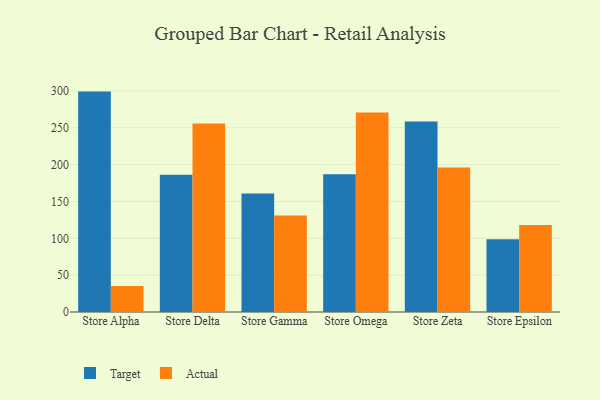
{"axis": {"x": "Store", "y": "Revenue (USD Million)"}, "legend": ["Actual", "Target"], "data": [{"x": "Store Alpha", "y": 299.1, "type": "Target"}, {"x": "Store Alpha", "y": 35.2, "type": "Actual"}, {"x": "Store Delta", "y": 186.1, "type": "Target"}, {"x": "Store Delta", "y": 255.7, "type": "Actual"}, {"x": "Store Gamma", "y": 160.7, "type": "Target"}, {"x": "Store Gamma", "y": 131.0, "type": "Actual"}, {"x": "Store Omega", "y": 186.8, "type": "Target"}, {"x": "Store Omega", "y": 270.7, "type": "Actual"}, {"x": "Store Zeta", "y": 258.6, "type": "Target"}, {"x": "Store Zeta", "y": 196.0, "type": "Actual"}, {"x": "Store Epsilon", "y": 98.8, "type": "Target"}, {"x": "Store Epsilon", "y": 118.2, "type": "Actual"}]}